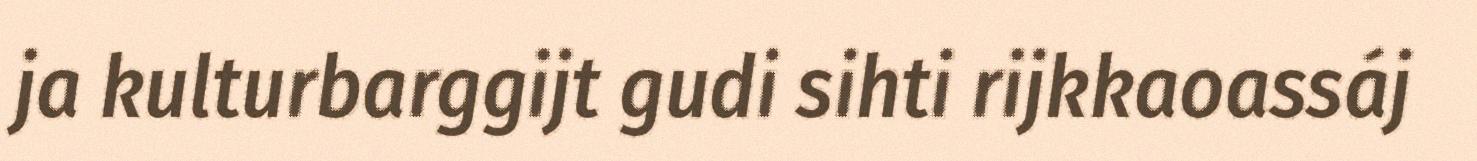
ja kulturbarggijt gudi sihti rijkkaoassáj